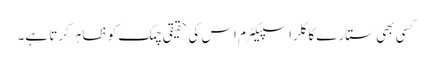
کسی بھی ستارے کا کلر اسپیکٹرم اس کی حقیقی چمک کو ظاہر کرتا ہے۔